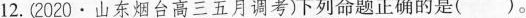
12.(2020·山东烟台高三五月调考)下列命题正确的是( )。